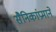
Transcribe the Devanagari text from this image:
सैनिकांप्रमाने